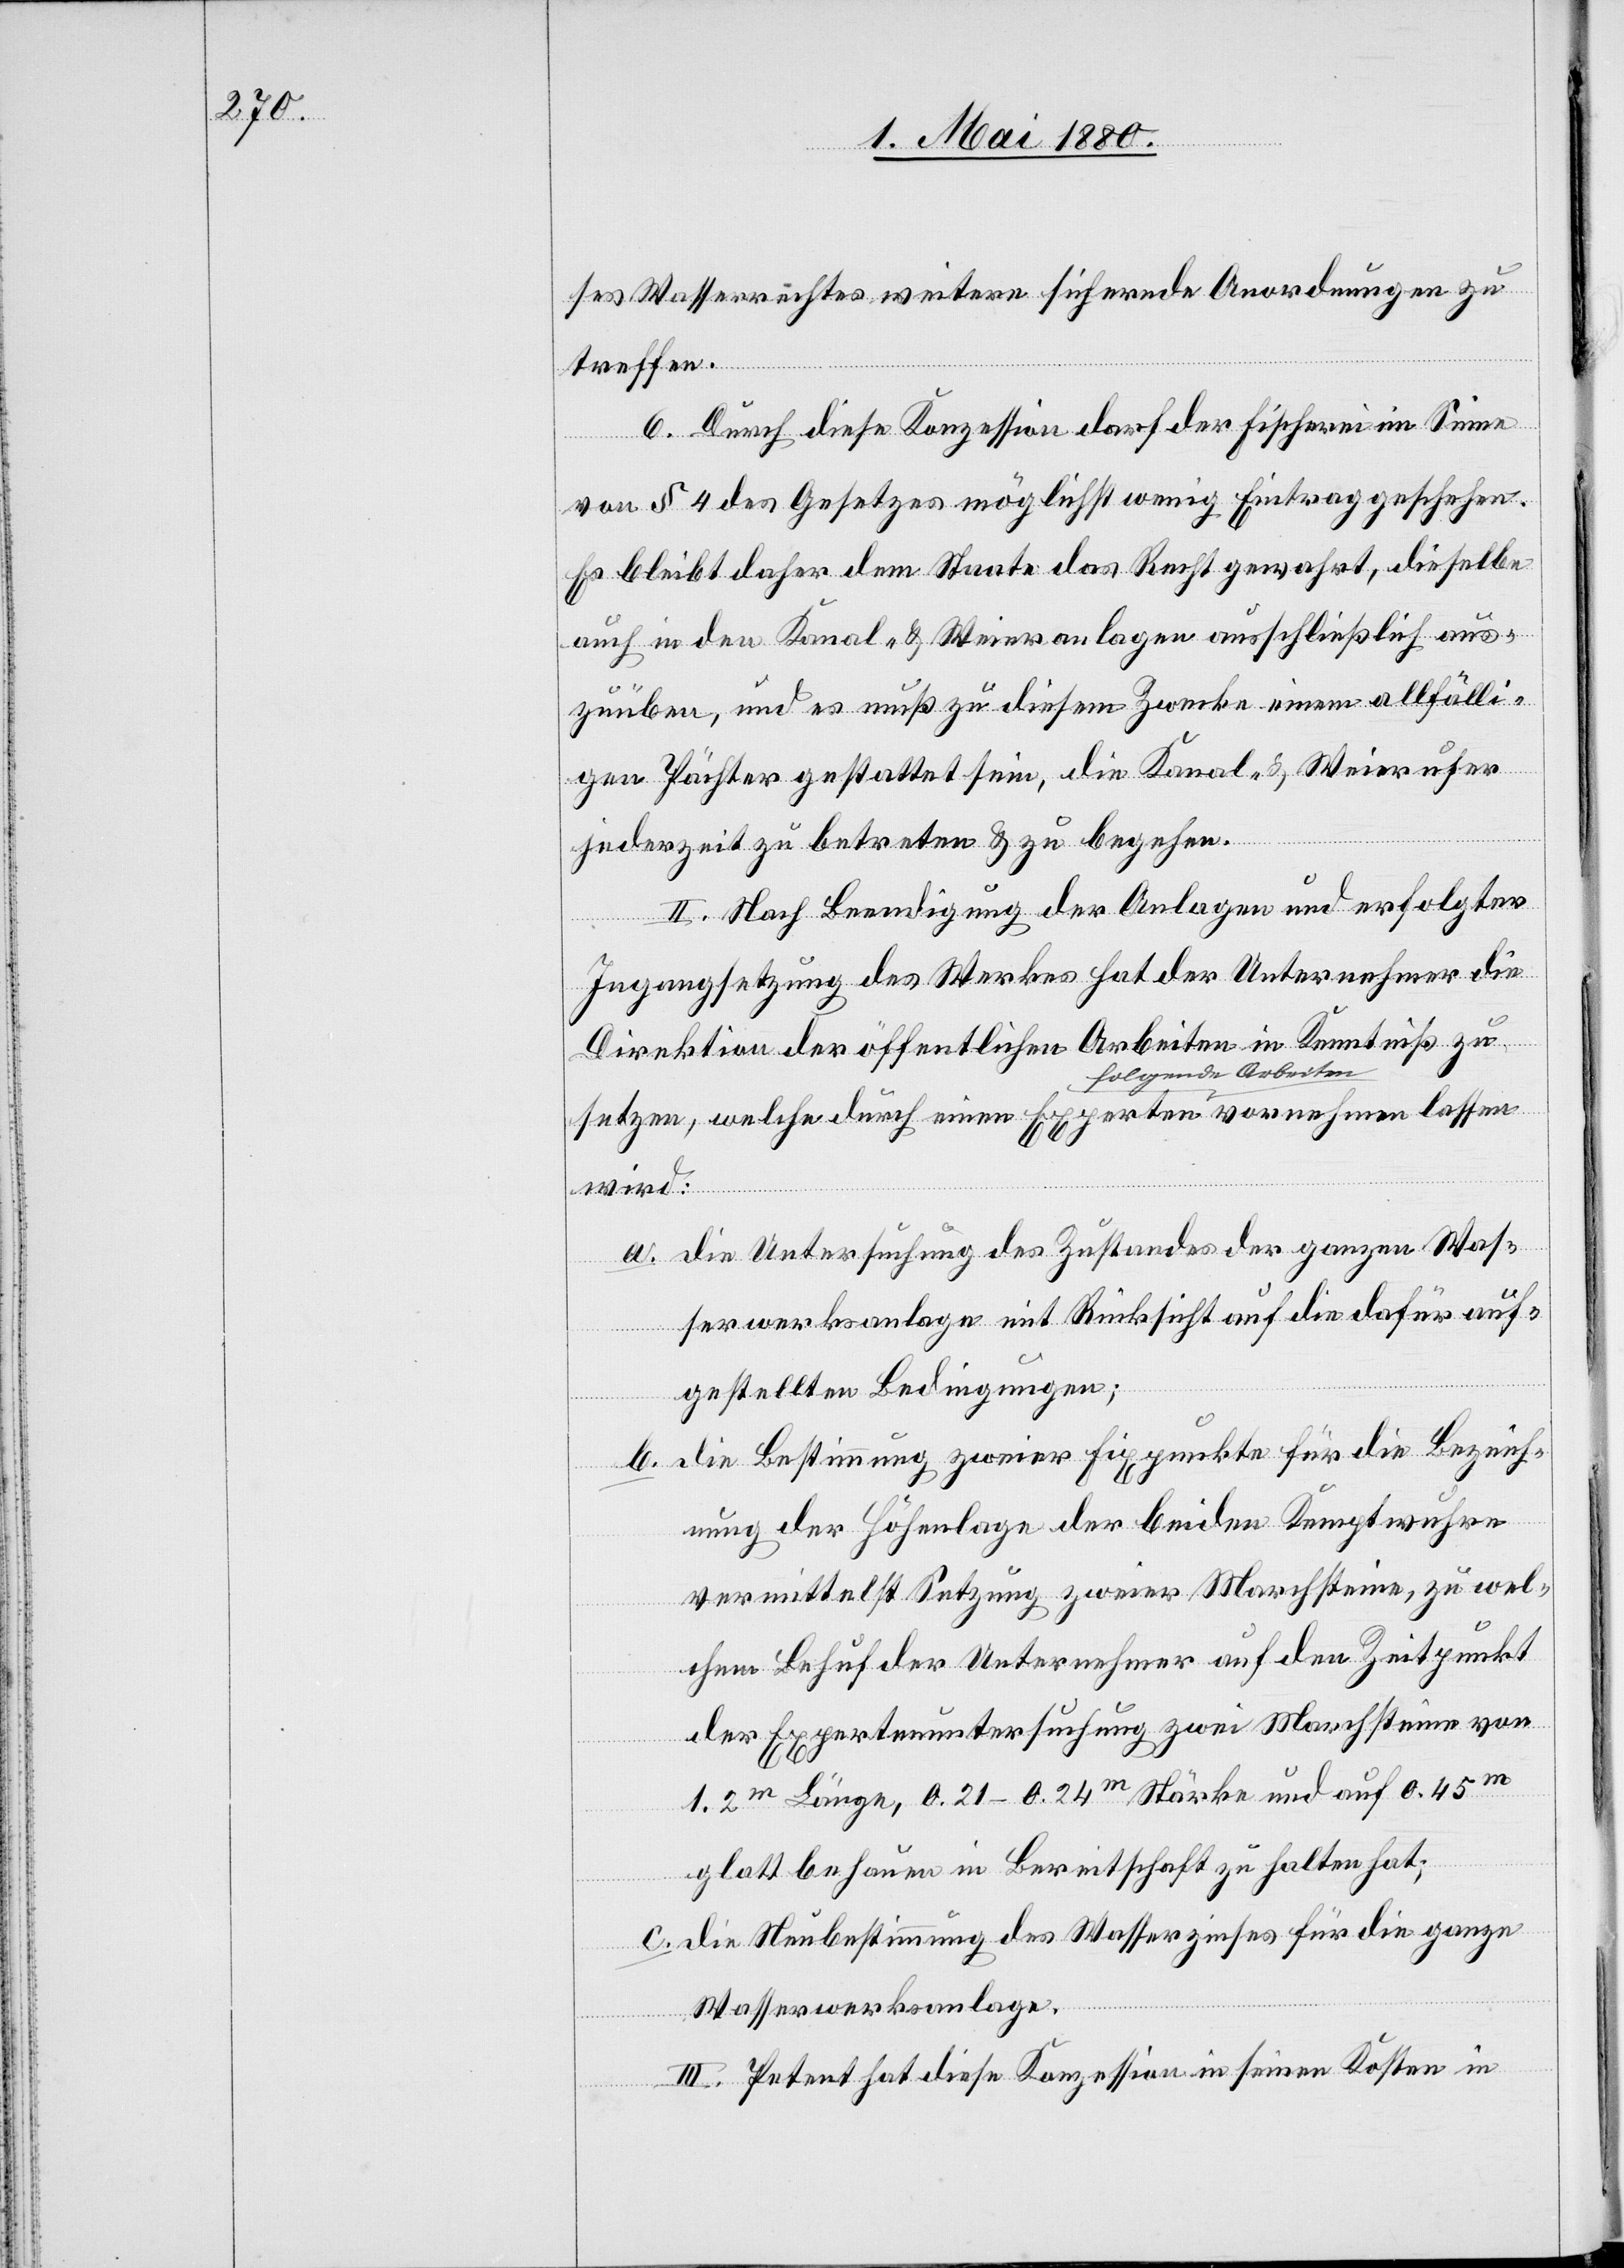
ses Wasserrechtes weitere sichernde Anordnungen zu
treffen.
6. Durch diese Konzession darf der Fischerei im Sinne
sen
von § 4 des Gesetzes möglichst wenig Eintrag geschehen.
Es bleibt daher dem Staate das Recht gewahrt, dieselbe
auch in den Kanal- & Weieranlagen ausschließlich aus¬
zuüben, und es muß zu diesem Zwecke einem allfälli¬
gen Pächter gestattet sein, die Kanal- & Weierufer
jederzeit zu betreten & zu begehen.
II. Nach Beendigung der Anlagen und erfolgter
Ingangsetzung des Werkes hat der Unternehmer die
Direktion der öffentlichen Arbeiten in Kenntniß zu
wird:
a. Die Untersuchung des Zustandes der ganzen Was¬
serwerksanlage mit Rücksicht auf die dafür auf¬
gestellten Bedingungen;
b. Die Bestimmung zweier Fixpunkte für die Bezeich¬
nung der Höhenlage der beiden Kemptwuhre
vermittelst Setzung zweier Marchsteine, zu wel¬
chem Behuf der Unternehmer auf den Zeitpunkt
der Expertenuntersuchung zwei Marchsteine von
1.2m Länge, 0.21–0.24m Stärke und auf 0.45m
glatt behauen in Bereitschaft zu halten hat;
c. Die Neubestimmung des Wasserzinses für die ganze
Wasserwerksanlage.
III. Petent hat diese Konzession in seinen Kosten in